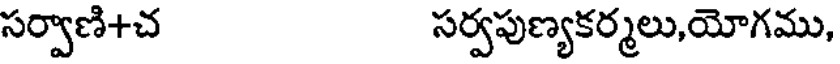
సర్వాణి+చ సర్వపుణ్యకర్మలు,యోగము,